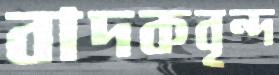
বাদকবৃন্দ